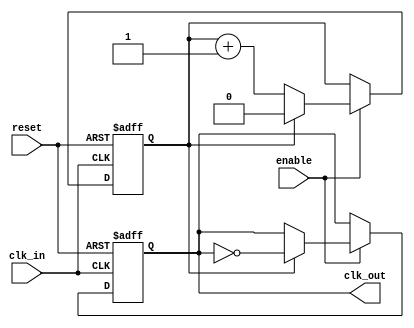
module clock_divider #(
    parameter DIV_FACTOR = 2  // Parameter to specify the division factor
) (
    input wire clk_in,         // Input clock signal
    input wire reset,          // Reset signal
    input wire enable,         // Enable signal
    output reg clk_out         // Output clock signal
);

    // Counter to keep track of the number of input clock cycles
    reg [$clog2(DIV_FACTOR)-1:0] counter; 

    // Synchronous process to handle clock division
    always @(posedge clk_in or posedge reset) begin
        if (reset) begin
            counter <= 0;       // Reset the counter
            clk_out <= 1'b0;    // Set output clock to known state
        end else if (enable) begin
            if (counter == (DIV_FACTOR - 1)) begin
                clk_out <= ~clk_out; // Toggle output clock
                counter <= 0;        // Reset counter
            end else begin
                counter <= counter + 1; // Increment counter
            end
        end
    end

endmodule